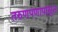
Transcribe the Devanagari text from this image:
तरुणपणापासुन